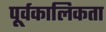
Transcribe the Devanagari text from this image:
पूर्वकालिकता